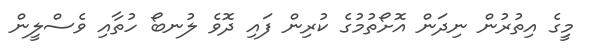
މީިގެ އިތުރުން ނިދަން އޮށޯތުމުގެ ކުރިން ފައި ދޮވެ ލުނބޯ ހުތާއި ވެސްލީން